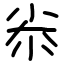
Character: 尜